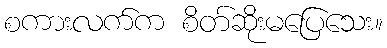
စကားလက်က စိတ်ဆိုးမပြေသေး။